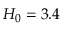
H _ { 0 } = 3 . 4